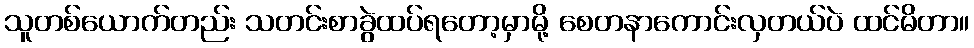
သူတစ်ယောက်တည်း သတင်းစာခွဲထပ်ရတော့မှာမို့ စေတနာကောင်းလှတယ်ပဲ ထင်မိတာ။